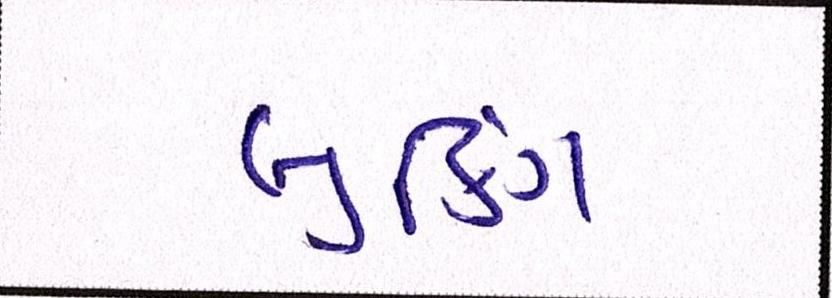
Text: બુકિંગ